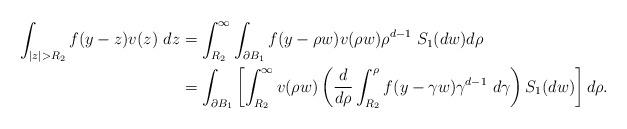
LaTeX: \begin{align*}\int_{|z| >R_2 } f(y-z) v(z)~dz&= \int_{R_2}^\infty \int_{\partial B_{1}}f(y- \rho w) v(\rho w)\rho^{d-1} ~S_1(dw)d\rho \\&= \int_{\partial B_{1}} \left[\int_{R_2}^\infty v(\rho w) \left(\frac{d}{d\rho}\int_{R_{2}}^\rho f(y- \gamma w) \gamma^{d-1}~d\gamma\right) S_1(dw) \right] d\rho.\end{align*}